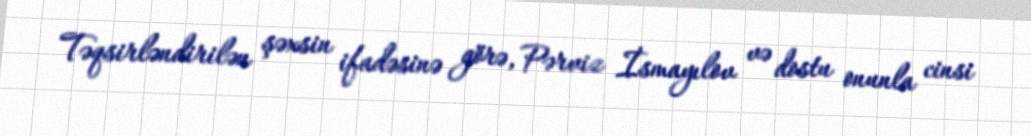
Təqsirləndirilən şəxsin ifadəsinə görə, Pərviz İsmayılov və dostu onunla cinsi